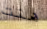
هنت